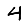
Digit: 4